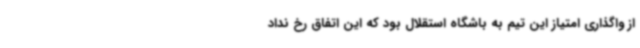
از واگذاری امتیاز این تیم به باشگاه استقلال بود که این اتفاق رخ نداد